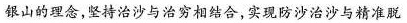
银山的理念，坚持治沙与治穷相结合，实现防沙治沙与精准脱